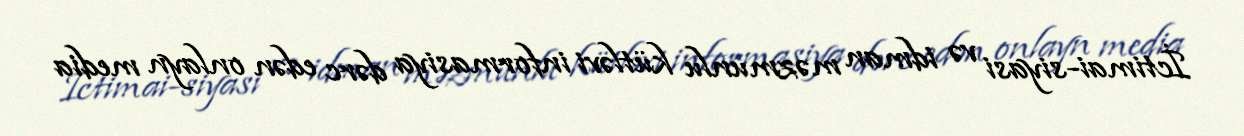
İctimai-siyasi və idman məzmunlu kütləvi informasiya dərc edən onlayn media